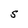
Character: S